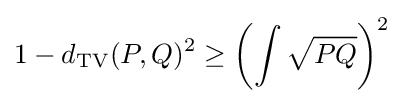
1-d_{\mathrm {TV} }(P,Q)^{2}\geq \left(\int {\sqrt {PQ}}\right)^{2}